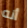
أنه